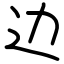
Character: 边